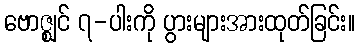
ဗောဇ္ဈင် ၇-ပါးကို ပွားများအားထုတ်ခြင်း။